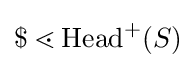
\$\lessdot \mathrm {Head} ^{+}(S)